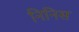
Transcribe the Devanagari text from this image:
निनिस